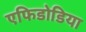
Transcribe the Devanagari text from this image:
एफिडोडिया